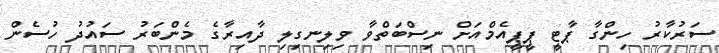
ސަރުކާރު ހިންގާ ޕާޓީ ޕީޕީއެމްއަށް ނިސްބަތްވާ ވިލިނގިލި ދާއިރާގެ މެންބަރު ސައުދު ހުސެން